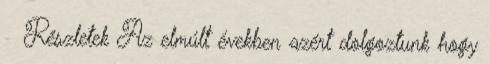
Részletek Az elmúlt években azért dolgoztunk hogy